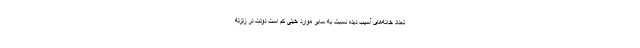
تعداد خانه‌های آسیب دیده نسبت به سایر موارد خیلی کم است دولت در زلزله